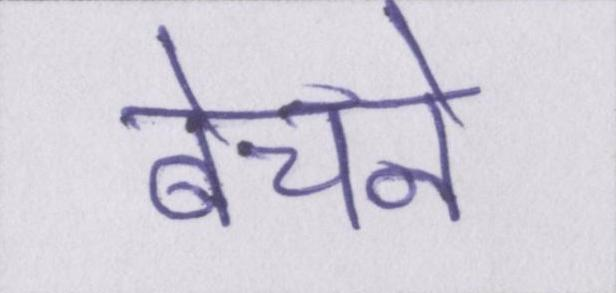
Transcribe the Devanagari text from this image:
बेचने